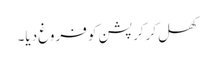
کھل کرکرپشن کو فروغ دیا۔